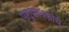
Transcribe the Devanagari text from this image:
पशुपालकांचे